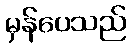
မှန်ပေသည်